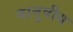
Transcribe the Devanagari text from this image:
मानुषीय